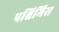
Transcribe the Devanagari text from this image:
पश्चिमिेस